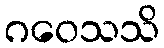
ဂဝေသသိ